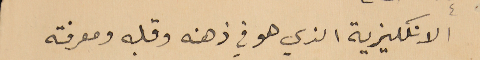
الانكليزية الذي هو في ذهنه وقلبه ومعرفته